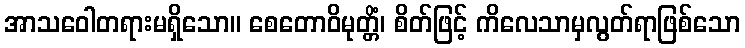
အာသဝေါတရားမရှိသော။ စေတောဝိမုတ္တိံ၊ စိတ်ဖြင့် ကိလေသာမှလွတ်ရာဖြစ်သော